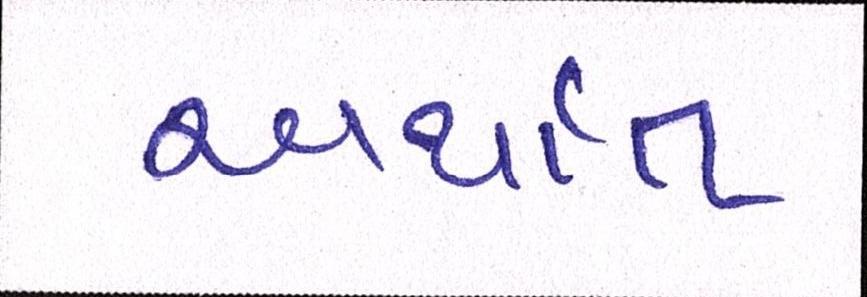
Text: અર્થાત્